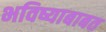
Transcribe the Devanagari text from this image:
भविष्याबाबत